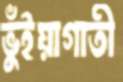
ভুঁইয়াগাতী